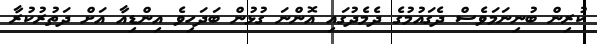
ކުރިން ބުނިނަމަވެސް ދެގައުމުގެ ދެމެދުގައި އޮންނަ ގުޅުން ބަދަހިވެ އިންޑިއާ އަށް ދަތުރުކުރާ